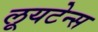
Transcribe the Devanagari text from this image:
लूयटेन्स